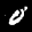
Label: 0